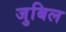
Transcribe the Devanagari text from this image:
जुबिल